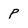
Character: P